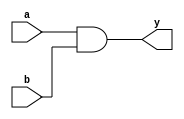
module simple_and (
    input wire a,      // First input
    input wire b,      // Second input
    output wire y      // Output
);

// Continuous assignment using the assign statement
assign y = a & b;    // y is continuously assigned the result of a AND b

endmodule